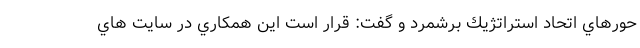
حورهاي اتحاد استراتژيك برشمرد و گفت: قرار است این همكاري در سايت هاي